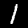
Digit: 1